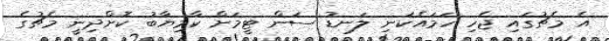
އެ މެޗުގައި ޖެހި ހަމައެކަނި ލަނޑު ސަން ޓީމަށް ކާމިޔާބު ކޮށްދިނީ މެޗުގެ